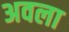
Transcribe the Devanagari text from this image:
अवला